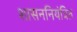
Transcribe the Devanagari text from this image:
शासननियंत्रित